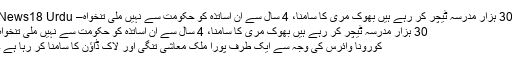
30 ہزار مدرسہ ٹیچر کر رہے ہیں بھوک مری کا سامنا، 4 سال سے ان اساتذہ کو حکومت سے نہیں ملی تنخواہ– News18 Urdu
30 ہزار مدرسہ ٹیچر کر رہے ہیں بھوک مری کا سامنا، 4 سال سے ان اساتذہ کو حکومت سے نہیں ملی تنخواہ
کورونا وائرس کی وجہ سے ایک طرف پورا ملک معاشی تنگی اور لاک ڈاؤن کا سامنا کر رہا ہے ۔